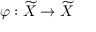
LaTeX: \varphi : { \widetilde { X } } \to { \widetilde { X } }